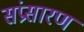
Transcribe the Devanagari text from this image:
संप्रसारण